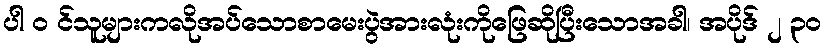
ပါ ၀ င်သူများကလိုအပ်သောစာမေးပွဲအားလုံးကိုဖြေဆိုပြီးသောအခါ၊ အပိုဒ် ၂ ၃၀